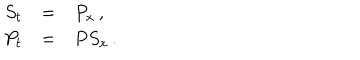
LaTeX: \begin{array} { r c l } { { S _ { t } } } & { { = } } & { { P _ { x } \, , } } \\ { { P _ { t } } } & { { = } } & { { P S _ { x } \, . } } \\ \end{array}